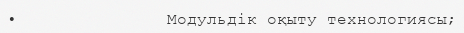
•               Модульдік оқыту технологиясы;